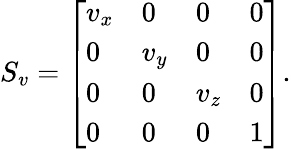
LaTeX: S_{v}={\left[\begin{array}{llll}{v_{x}}&{0}&{0}&{0}\\ {0}&{v_{y}}&{0}&{0}\\ {0}&{0}&{v_{z}}&{0}\\ {0}&{0}&{0}&{1}\end{array}\right]}.